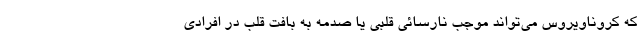
که کروناویروس می‌تواند موجب نارسائی قلبی یا صدمه به بافت قلب در افرادی